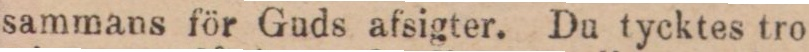
sammans för Guds afsigter. Du tycktes tro